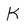
Character: k